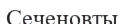
Сеченовты